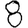
Digit: 8